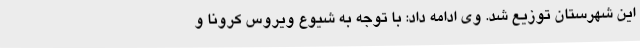
این شهرستان توزیع شد. وی ادامه داد: با توجه به شیوع ویروس کرونا و